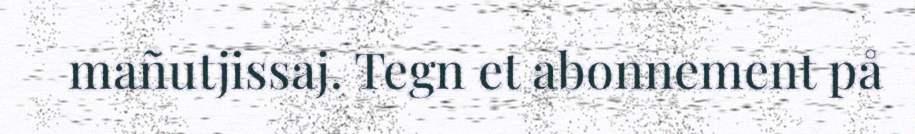
mañutjissaj. Tegn et abonnement på